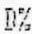
D%